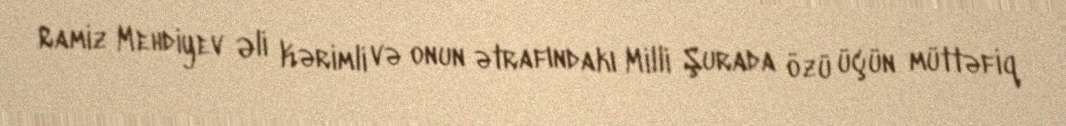
Ramiz Mehdiyev Əli Kərimli və onun ətrafındakı Milli Şurada özü üçün müttəfiq